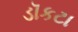
ડૉકટા